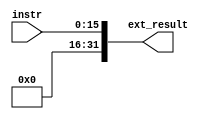
`timescale 1ns / 1ps
//////////////////////////////////////////////////////////////////////////////////
// Company: 
// Engineer: 
// 
// Design Name:    Zezhong Wang
// Module Name:    SE 
// Project Name:  
// Target Devices: 
// Tool versions: 
// Description: 
//
// Dependencies: 
//
// Revision: 
// Revision 0.01 - File Created
// Additional Comments: 
//
//////////////////////////////////////////////////////////////////////////////////

module SE(
    instr,
    ext_result
);
  
  input [15:0]  instr;
  output reg [31:0] ext_result;
  
  always @(instr)
    begin
      ext_result[31:0] <= instr[15:0];
    end
endmodule